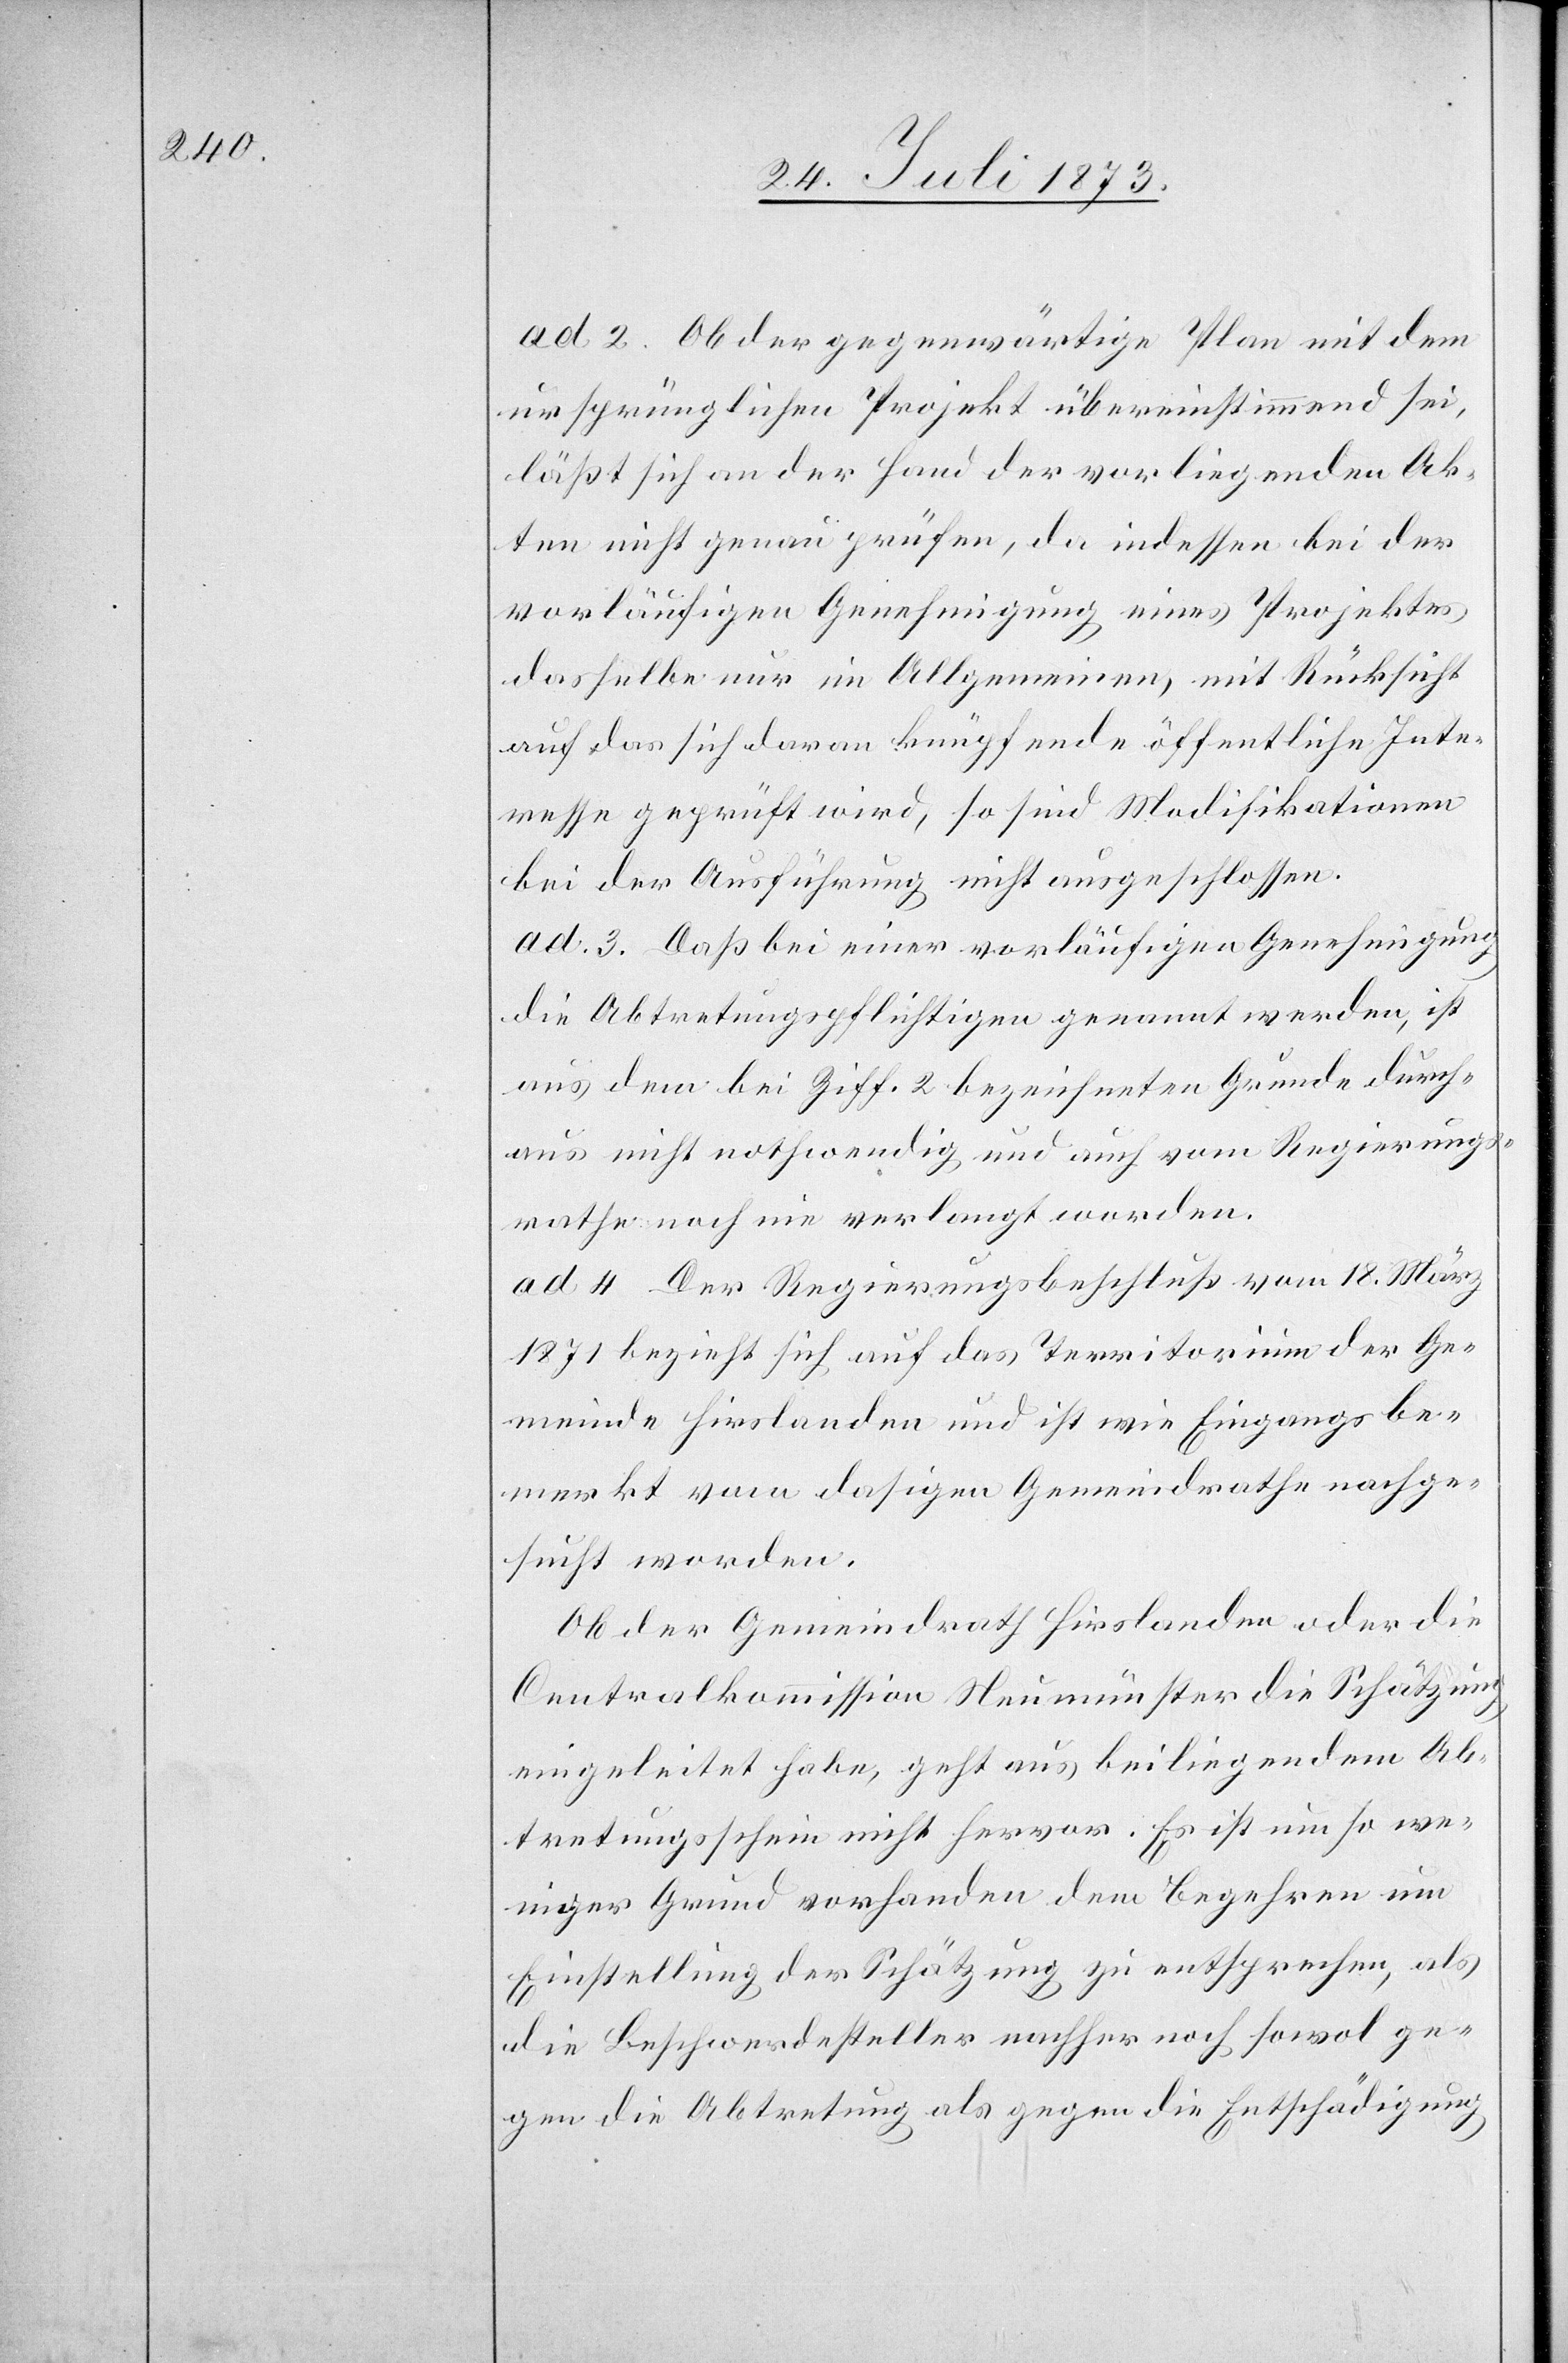
ad 2. Ob der gegenwärtige Plan mit dem
ursprünglichen Projekt übereinstimmend sei,
läßt sich an der Hand der vorliegenden Ak¬
ten nicht genau prüfen, da indessen bei der
vorläufigen Genehmigung eines Projektes
dasselbe nur im Allgemeinen, mit Rücksicht
auf das sich daran knüpfende öffentliche Inte¬
resse geprüft wird, so sind Modifikationen
bei der Ausführung nicht ausgeschlossen.
ad 3. Daß bei einer vorläufigen Genehmigung
die Abtretungspflichtigen genannt werden, ist
aus dem bei Ziff. 2 bezeichneten Grunde durch¬
aus nicht nothwendig und auch vom Regierungs¬
rathe noch nie verlangt worden.
ad 4. Der Regierungsbeschluß vom 18. März
1871 bezieht sich auf das Territorium der Ge¬
meinde Hirslanden und ist wie Eingangs be¬
merkt vom dasigen Gemeindrathe nachge¬
sucht worden.
Ob der Gemeindrath Hirslanden oder die
Centralkommission Neumünster die Schätzung
eingeleitet habe, geht aus beiliegendem Ab¬
tretungsschein nicht hervor. Es ist um so we¬
niger Grund vorhanden dem Begehren um
Einstellung der Schätzung zu entsprechen, als
die Beschwerdesteller nachher noch sowol ge¬
gen die Abtretung als gegen die Entschädigung